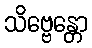
သိဗ္ဗေန္တော